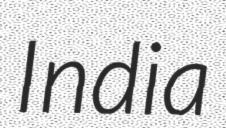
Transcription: India